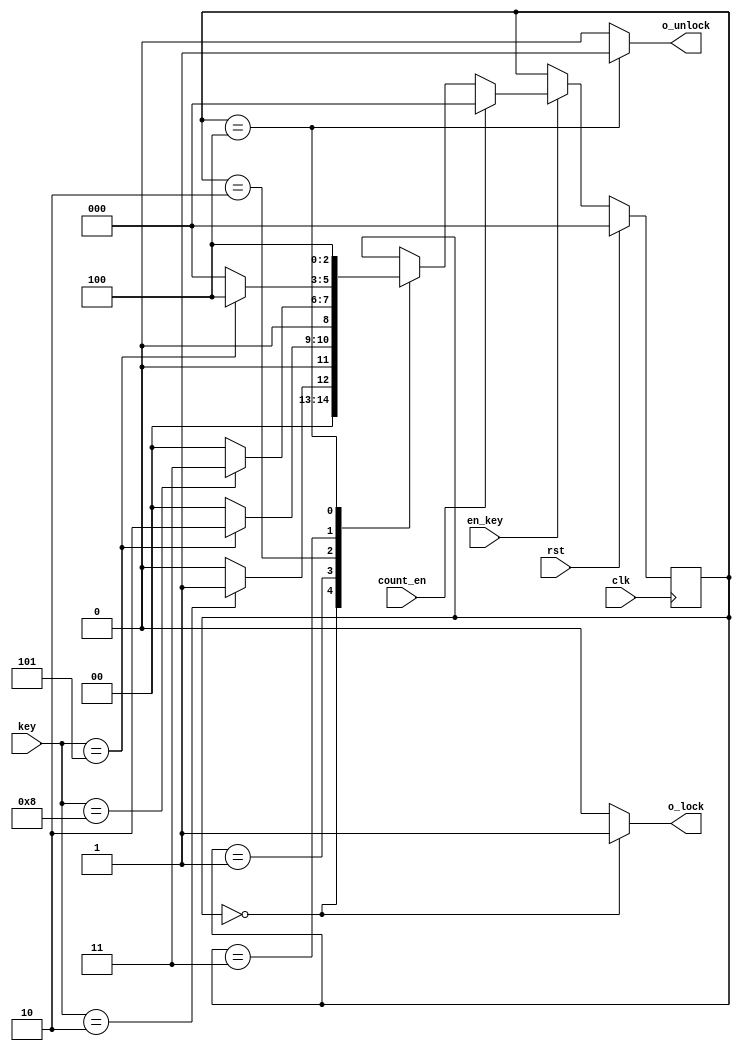
module state_machine(
input clk,  // to accept password once typed
input en_key,  //data_valid pulse
input rst,
input [3:0] key,
input count_en,
output o_lock,
output o_unlock);

reg [2:0] state;

parameter INIT = 3'h0;
parameter DIGIT_1 = 3'h1;
parameter DIGIT_2 = 3'h2;
parameter DIGIT_3 = 3'h3;
parameter DIGIT_4 = 3'h4;

parameter digit_in_1 = 4'h2;
parameter digit_in_2 = 4'h5;
parameter digit_in_3 = 4'h8;
parameter digit_in_4 = 4'h5;

always@(posedge clk)
begin
	if(rst)
		begin
			state <= INIT;
		end
	else
		begin
			if(en_key)
				begin
					if(!count_en)
						begin
							case(state)
								INIT:
									if(key == digit_in_1)
										begin
											state <= DIGIT_1;
										end
									else
										begin	
											state <= INIT;
										end
								DIGIT_1:
									if(key == digit_in_2)
										begin
											state<= DIGIT_2;
										end
									else
										begin	
											state <= INIT;
										end
								DIGIT_2:
									if(key == digit_in_3)
										begin
											state <= DIGIT_3;
											end
									else
										begin	
											state <= INIT;
										end
								DIGIT_3:
									if(key == digit_in_4)
										begin
											state <= DIGIT_4;
										end
									else
										begin
											state <= INIT;
										end
								DIGIT_4: state <= DIGIT_4;
							endcase
						end
					else
						begin
							state <= INIT;
						end
			end
	else
		begin
			state <= state;
		end
	end
end

assign state_out = state;
assign o_lock= (state == INIT) ? 1'b1 : 1'b0;
assign o_unlock = (state == DIGIT_4) ? 1'b1 : 1'b0;
endmodule